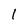
Character: 1